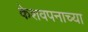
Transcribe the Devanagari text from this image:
केशवपनाच्या